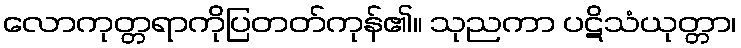
လောကုတ္တရာကိုပြတတ်ကုန်၏။ သုညကာ ပဋိသံယုတ္တာ၊